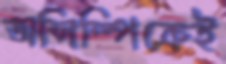
অলিম্পিকেই